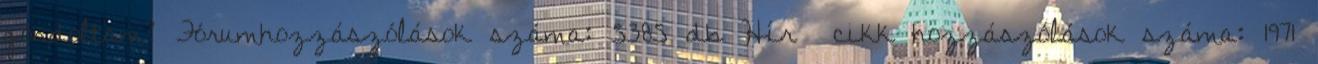
gondoltam? Fórumhozzászólások száma: 5385 db Hír cikk hozzászólások száma: 1971